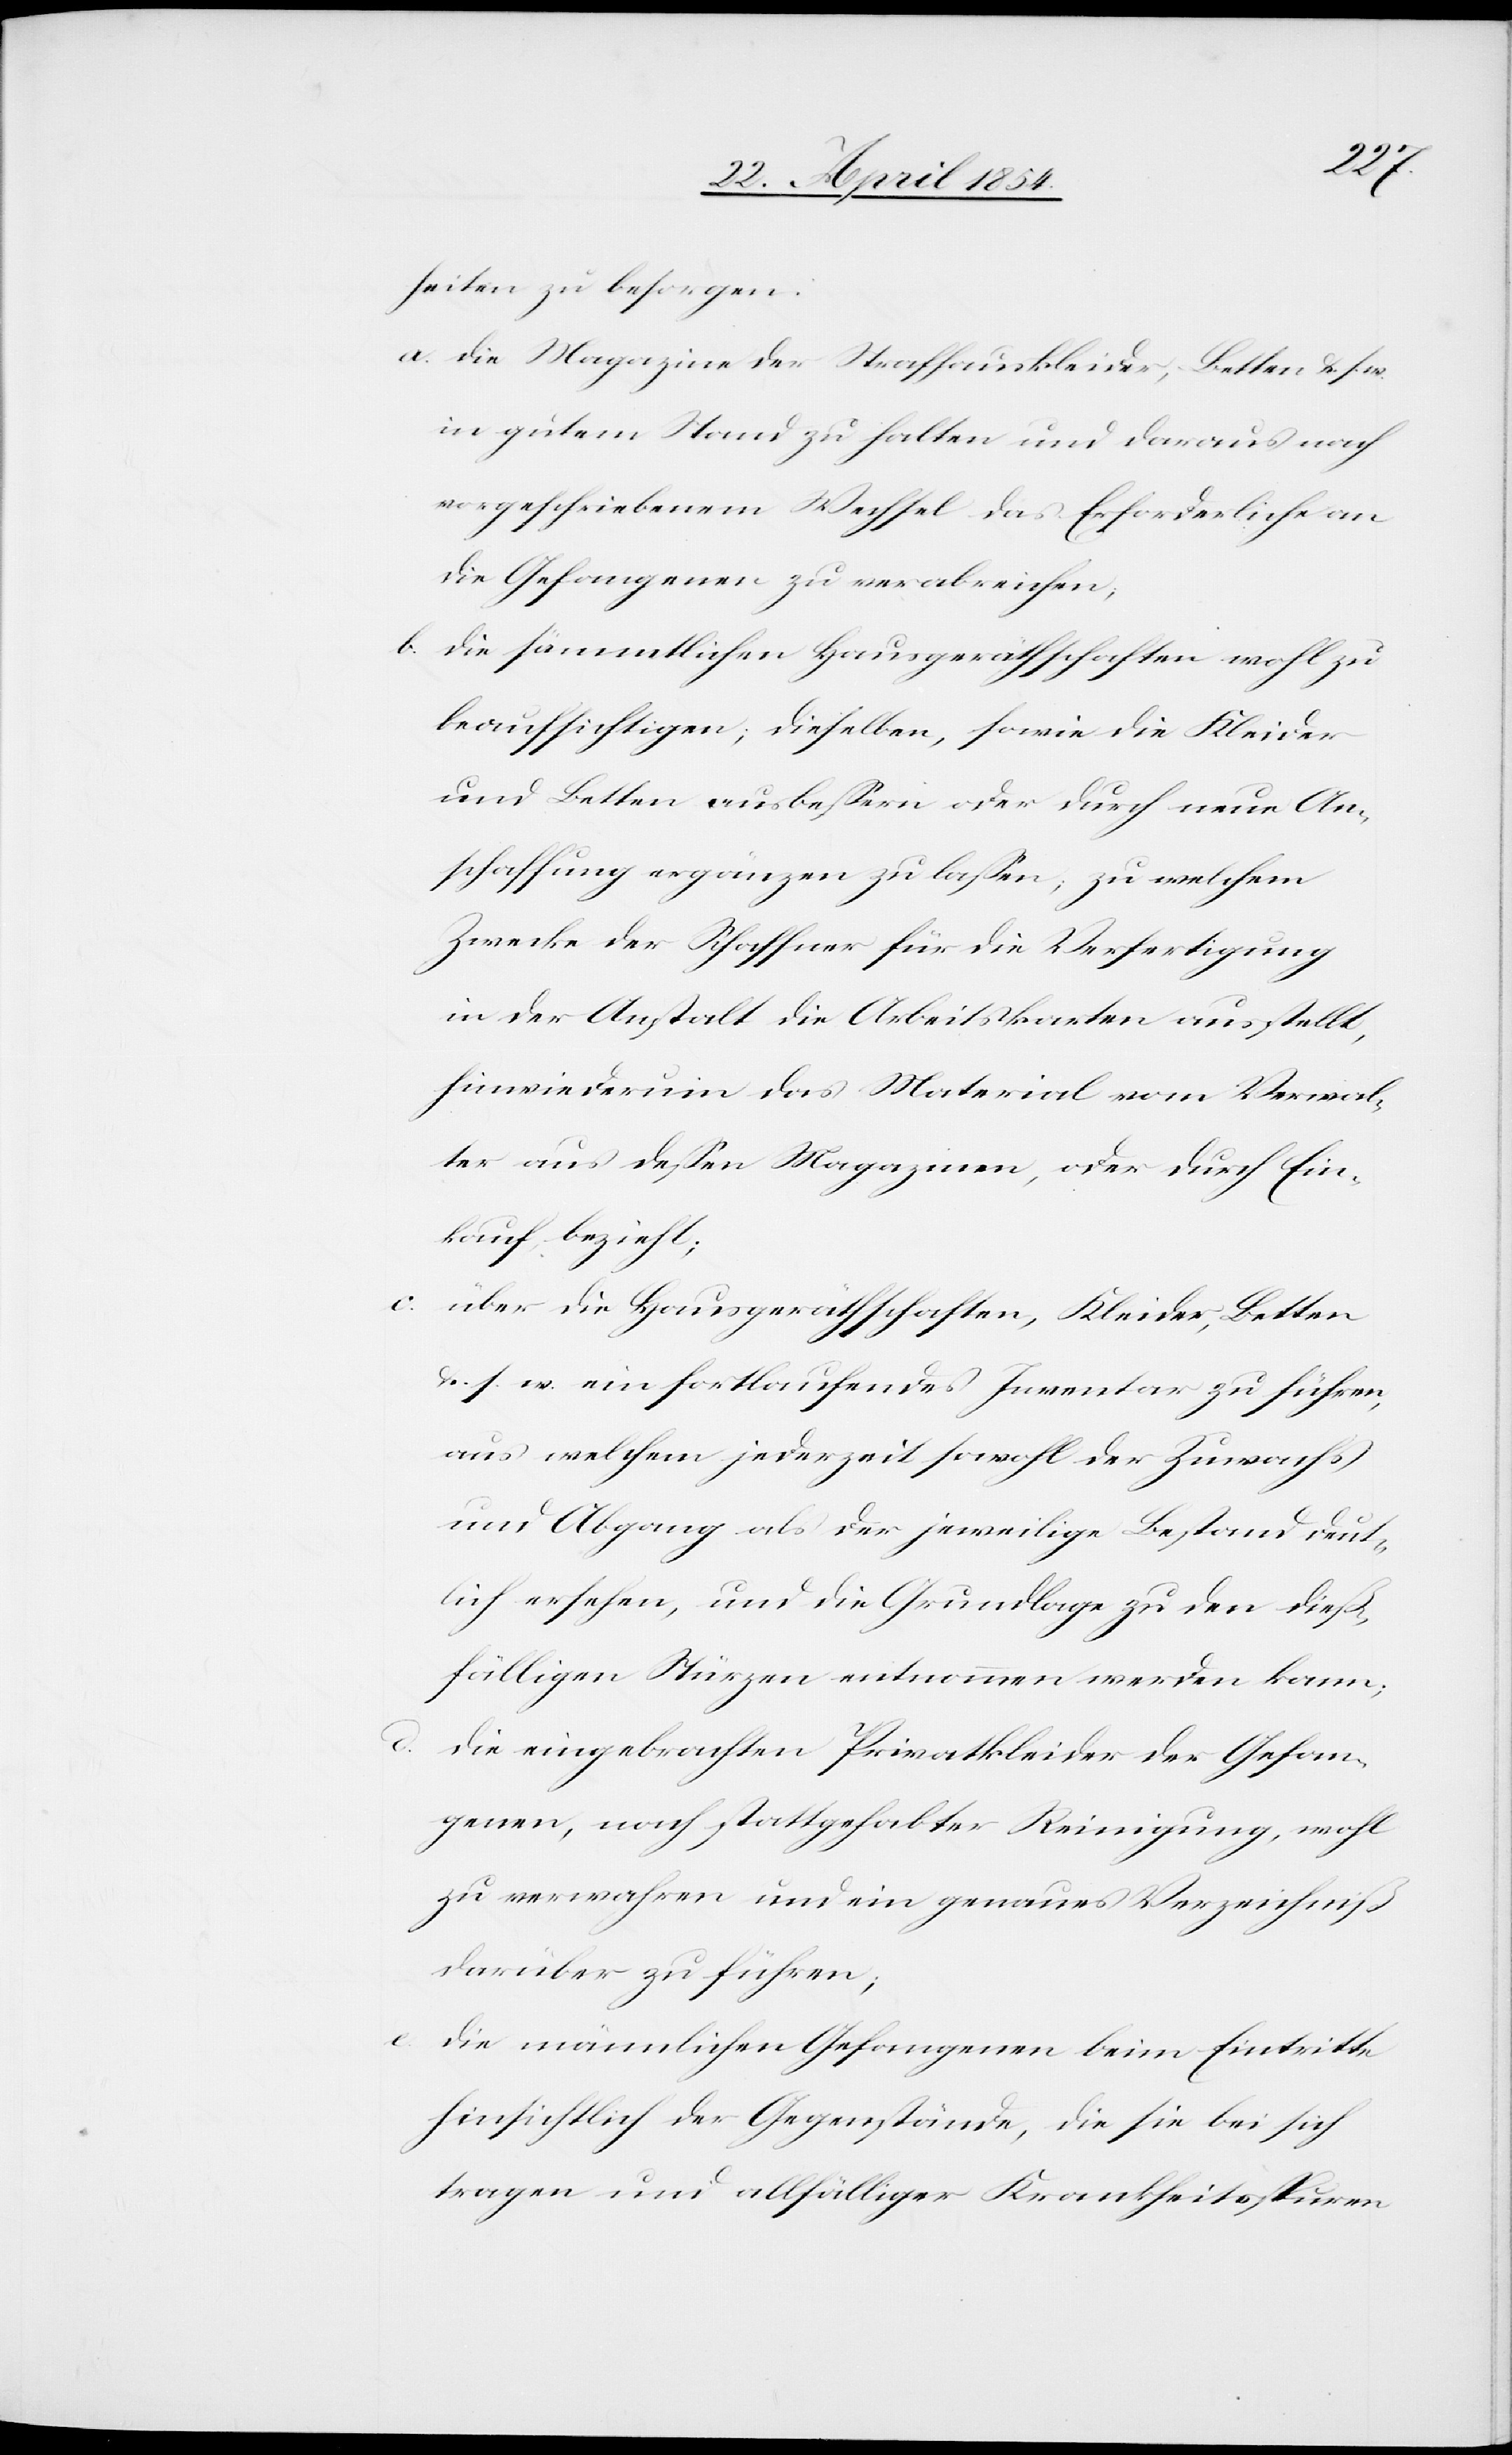
b.

heiten zu besorgen:
a. die Magazine der Strafhauskleider, Betten u. s. w.
in gutem Stand zu halten und daraus nach
vorgeschriebenem Wechsel das Erforderliche an
die Gefangenen zu verabreichen;
die sämmtlichen Hausgeräthschaften wohl zu
beaufsichtigen; dieselben, sowie die Kleider
und Betten ausbeßern oder durch neue An¬
schaffung ergänzen zu laßen; zu welchem
Zwecke der Schaffner für die Verfertigung
in der Anstalt die Arbeitskarten ausgestellt,
hinwiederum das Material vom Verwal¬
ter aus deßen Magazinen, oder durch Ein¬
kauf bezieht;
über die Hausgeräthschaften, Kleider, Betten
u. s. w ein fortlaufendes Inventar zu führen,
aus welchem jederzeit sowohl der Zuwachs
und Abgang als der jeweilige Bestand deut¬
lich ersehen, und die Grundlage zu den dieß¬
fälligen Stürzen entnommen werden kann;
d. die eingebrachten Privatkleider der Gefan¬
genen, nach stattgehabter Reinigung, wohl
zu verwahren und ein genaues Verzeichniß
darüber zu führen;
e. die männlichen Gefangenen beim Eintritte
hinsichtlich der Gegenstände, die sie bei sich
tragen und allfälliger Krankheitsspuren